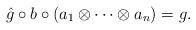
LaTeX: \begin{align*}\hat{g}\circ b\circ(a_1\otimes\dots\otimes a_n) = g.\end{align*}